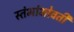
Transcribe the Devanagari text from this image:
स्तंभांभोवती